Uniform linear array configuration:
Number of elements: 16
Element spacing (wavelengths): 1
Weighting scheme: cosine
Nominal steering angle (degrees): -30
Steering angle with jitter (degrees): -30.601
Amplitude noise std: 0.05
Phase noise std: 0.05

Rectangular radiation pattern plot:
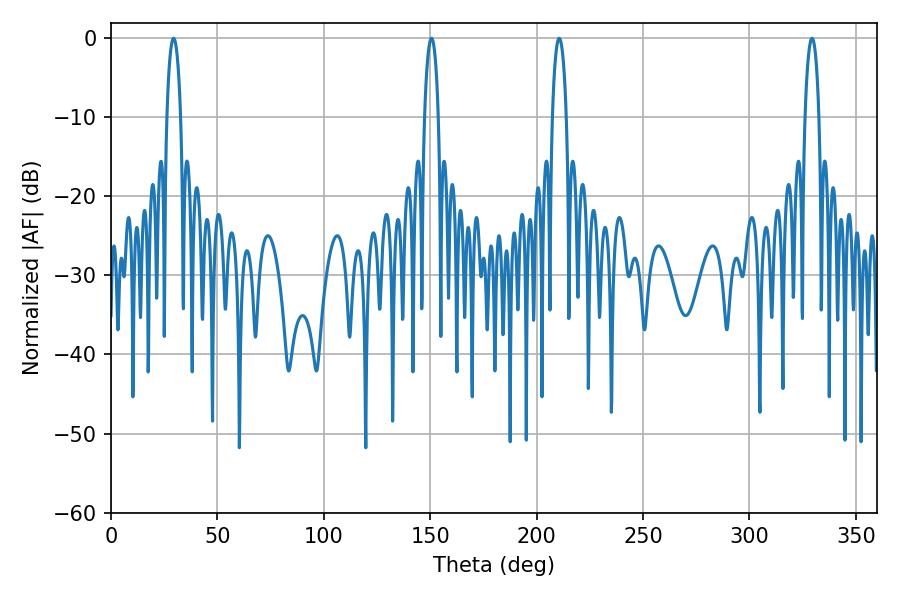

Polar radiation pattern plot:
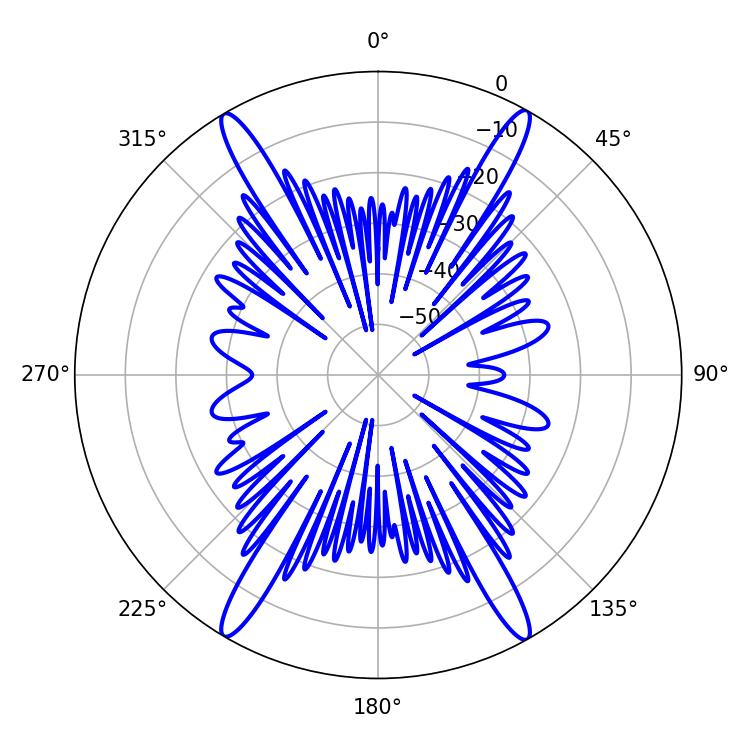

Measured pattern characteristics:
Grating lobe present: TRUE
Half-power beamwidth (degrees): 3.6
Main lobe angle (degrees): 210.6